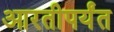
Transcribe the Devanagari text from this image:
आरतीपर्यंत